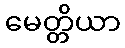
မေတ္တိယာ